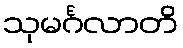
သုမင်္ဂလာတိ